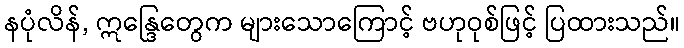
နပုံလိန်, ဣန္ဒြေတွေက များသောကြောင့် ဗဟုဝုစ်ဖြင့် ပြထားသည်။